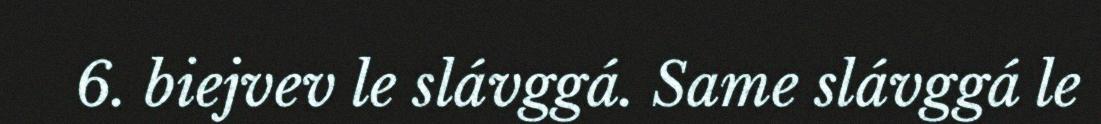
6. biejvev le slávggá. Same slávggá le